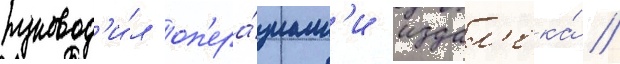
руковод'и́л оп'ера́циам'и издал'ека́ //